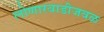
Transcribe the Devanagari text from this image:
लोणारवाडीजवळ